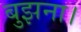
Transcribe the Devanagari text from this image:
बुझना।